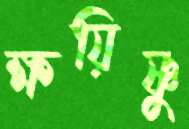
ক্ষয়িষ্ণু